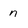
Character: n